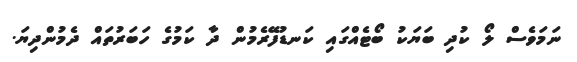
ނަމަވެސް ލޯ ކުދި ބަޔަކު ބޯޓެއްގައި ކަނޑުފޭރެމުން ދާ ކަމުގެ ހަބަރުތައް ދެމުންދިޔަ.